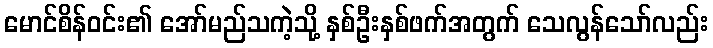
မောင်စိန်ဝင်း၏ အော်မည်သကဲ့သို့ နှစ်ဦးနှစ်ဖက်အတွက် သေလွန်သော်လည်း